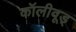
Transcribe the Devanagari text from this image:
कॉलीवूड्